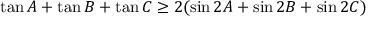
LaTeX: \tan A + \tan B + \tan C \geq 2 ( \sin 2 A + \sin 2 B + \sin 2 C )